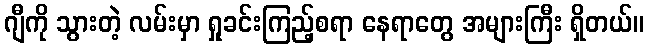
ဂျီကို သွားတဲ့ လမ်းမှာ ရှုခင်းကြည့်စရာ နေရာတွေ အများကြီး ရှိတယ်။